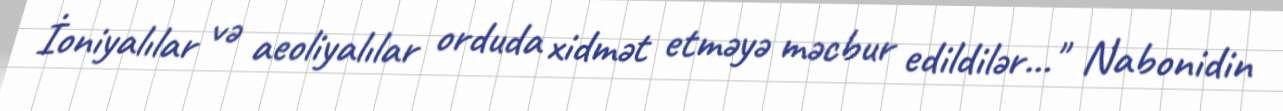
İoniyalılar və aeoliyalılar orduda xidmət etməyə məcbur edildilər..." Nabonidin